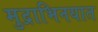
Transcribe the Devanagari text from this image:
मुद्राभिनयात